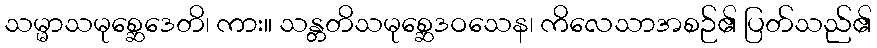
သမ္မာသမုစ္ဆေဒေတိ၊ ကား။ သန္တတိသမုစ္ဆေဒဝသေန၊ ကိလေသာအစဉ်၏ ပြတ်သည်၏